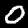
Label: 0